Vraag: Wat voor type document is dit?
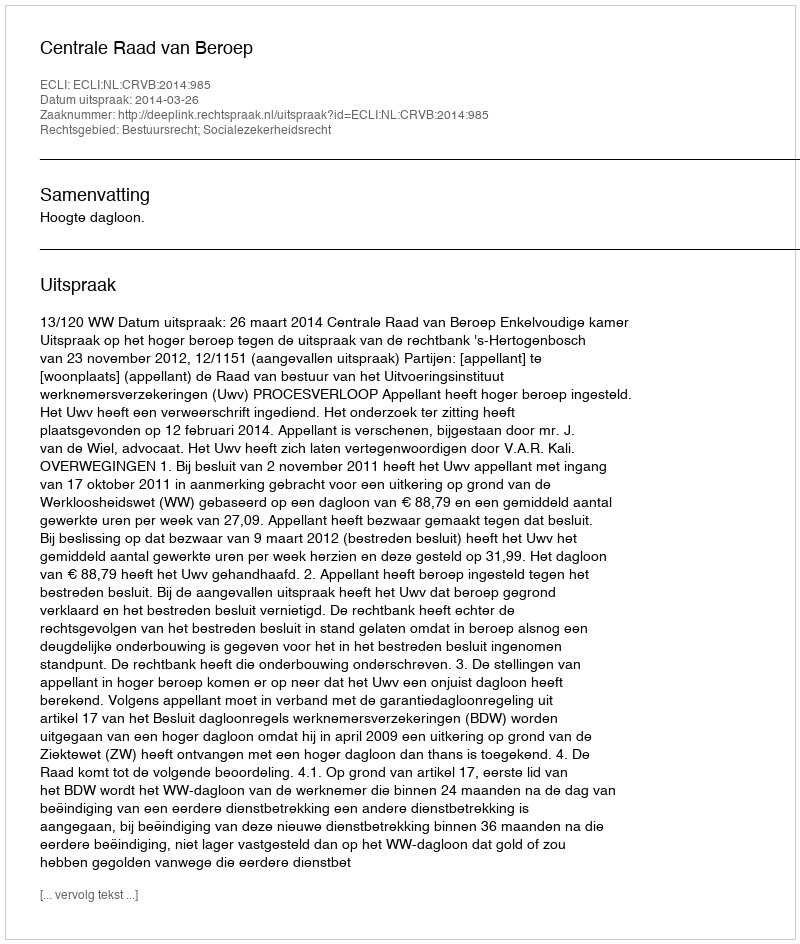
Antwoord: Uitspraak